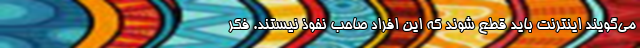
می‌گویند اینترنت باید قطع شوند که این افراد صاحب نفوذ نیستند. فکر